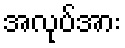
အလုပ်အား